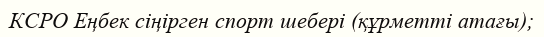
КСРО Еңбек сіңірген спорт шебері (құрметті атағы);